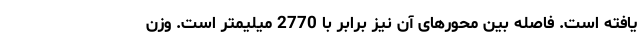
یافته است. فاصله بین محورهای آن نیز برابر با 2770 میلیمتر است. وزن